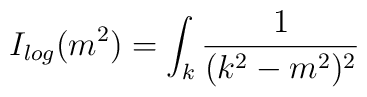
I_{log} (m^2) = \int_k \frac{1}{(k^2-m^2)^2}